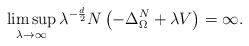
LaTeX: \begin{align*} \limsup_{\lambda \rightarrow \infty} \lambda^{- \frac{d}{2}} N \left(- \Delta^N_\Omega + \lambda V\right) = \infty .\end{align*}